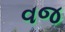
વજ